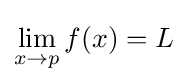
\lim _{x\to p}{f(x)}=L